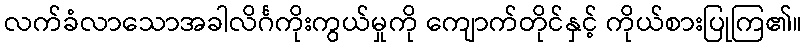
လက်ခံလာသောအခါလိင်္ဂကိုးကွယ်မှုကို ကျောက်တိုင်နှင့် ကိုယ်စားပြုကြ၏။